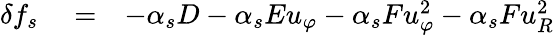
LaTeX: \begin{array}{rlr}{\delta f_{s}}&{{}=}&{-\alpha_{s}D-\alpha_{s}Eu_{\varphi}-\alpha_{s}Fu_{\varphi}^{2}-\alpha_{s}Fu_{R}^{2}}\end{array}